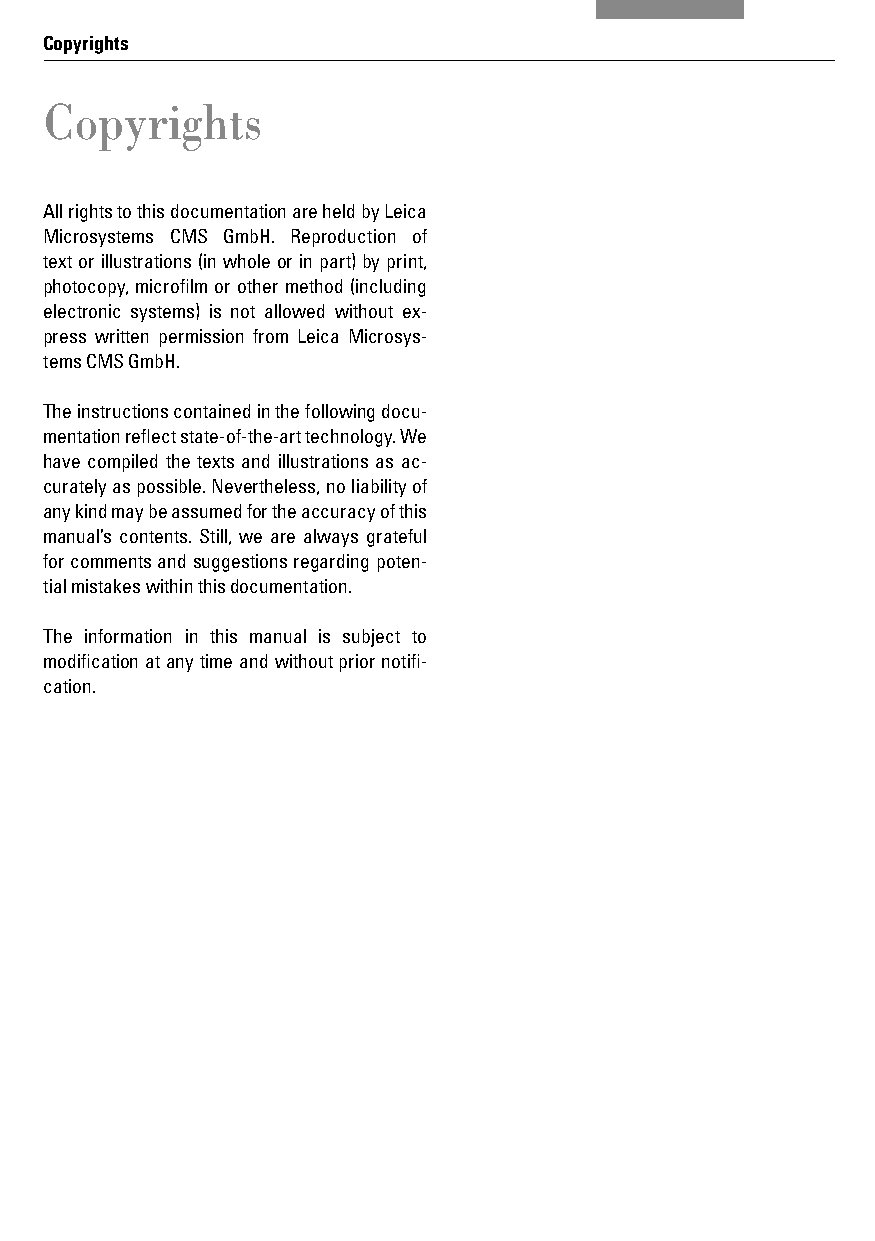
Copyrights
 Copyrights
 All rights to this documentation are held by Leica
 Microsystems CMS GmbH. Reproduction of
 text or illustrations (in whole or in part) by print,
 photocopy, microfi lm or other method (including
 electronic systems) is not allowed without ex-
 press written permission from Leica Microsys-
 tems CMS GmbH.
 The instructions contained in the following docu-
 mentation refl ect state-of-the-art technology. We
 have compiled the texts and illustrations as ac-
 curately as possible. Nevertheless, no liability of
 any kind may be assumed for the accuracy of this
 manual’s contents. Still, we are always grateful
 for comments and suggestions regarding poten-
 tial mistakes within this documentation.
 The information in this manual is subject to
 modifi cation at any time and without prior notifi -
 cation.
 4